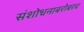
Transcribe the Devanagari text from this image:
संशोधनाबरोबरच